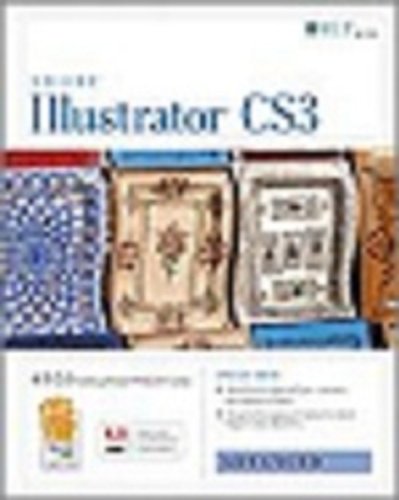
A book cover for Illustrator Cs3: Advanced, Ace Edition + Certblaster, Student Manual (ILT); Axzo Press; Computers & Technology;